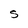
Character: S